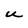
Character: U